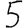
Digit: 5